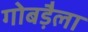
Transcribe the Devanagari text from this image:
गोबड़ैला